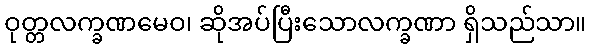
ဝုတ္တလက္ခဏမေဝ၊ ဆိုအပ်ပြီးသောလက္ခဏာ ရှိသည်သာ။